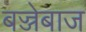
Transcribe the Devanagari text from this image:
बज्जेबाज